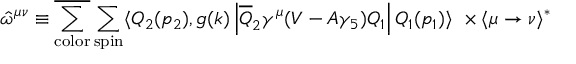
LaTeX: { \hat { \omega } } ^ { \mu \nu } \equiv { \overline { { { \sum _ { \mathrm { { c o l o r } } } } } } } \sum _ { \mathrm { s p i n } } \langle Q _ { 2 } ( p _ { 2 } ) , g ( k ) \left| { \overline { { { Q } } } } _ { 2 } \gamma ^ { \mu } ( V - A \gamma _ { 5 } ) Q _ { 1 } \right| Q _ { 1 } ( p _ { 1 } ) \rangle \ \times \langle \mu \rightarrow \nu \rangle ^ { \ast }